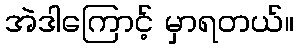
အဲဒါကြောင့် မှာရတယ်။